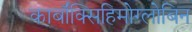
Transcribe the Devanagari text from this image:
कार्बॉक्सिहिमोग्लोबिन